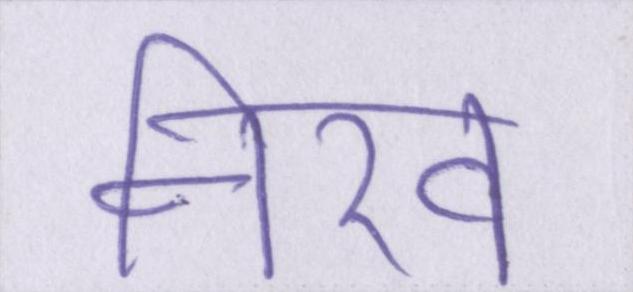
नीरव